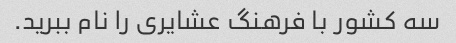
سه کشور با فرهنگ عشایری را نام ببرید.